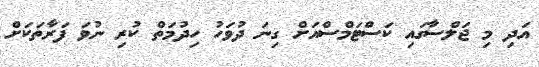
އަދި މި ޖަލްސާގައި ކަސްޓަމްސްއަށް ގިނަ ދުވަހު ހިދުމަތް ކުރި ނުވަ ފަރާތަކަށް